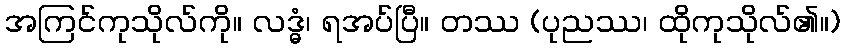
အကြင်ကုသိုလ်ကို။ လဒ္ဓံ၊ ရအပ်ပြီ။ တဿ (ပုညဿ၊ ထိုကုသိုလ်၏။)